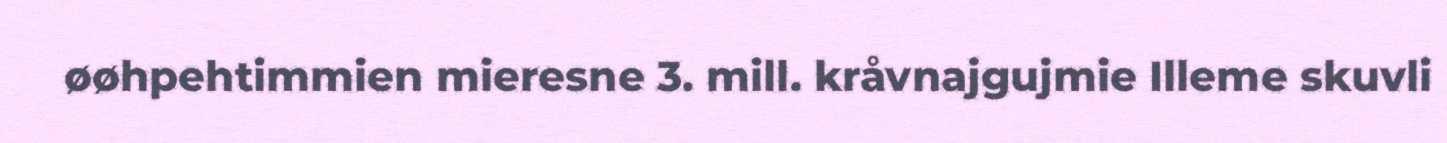
øøhpehtimmien mieresne 3. mill. kråvnajgujmie Illeme skuvli